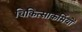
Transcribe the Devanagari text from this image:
चिकित्साकर्मियों